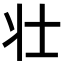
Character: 壮